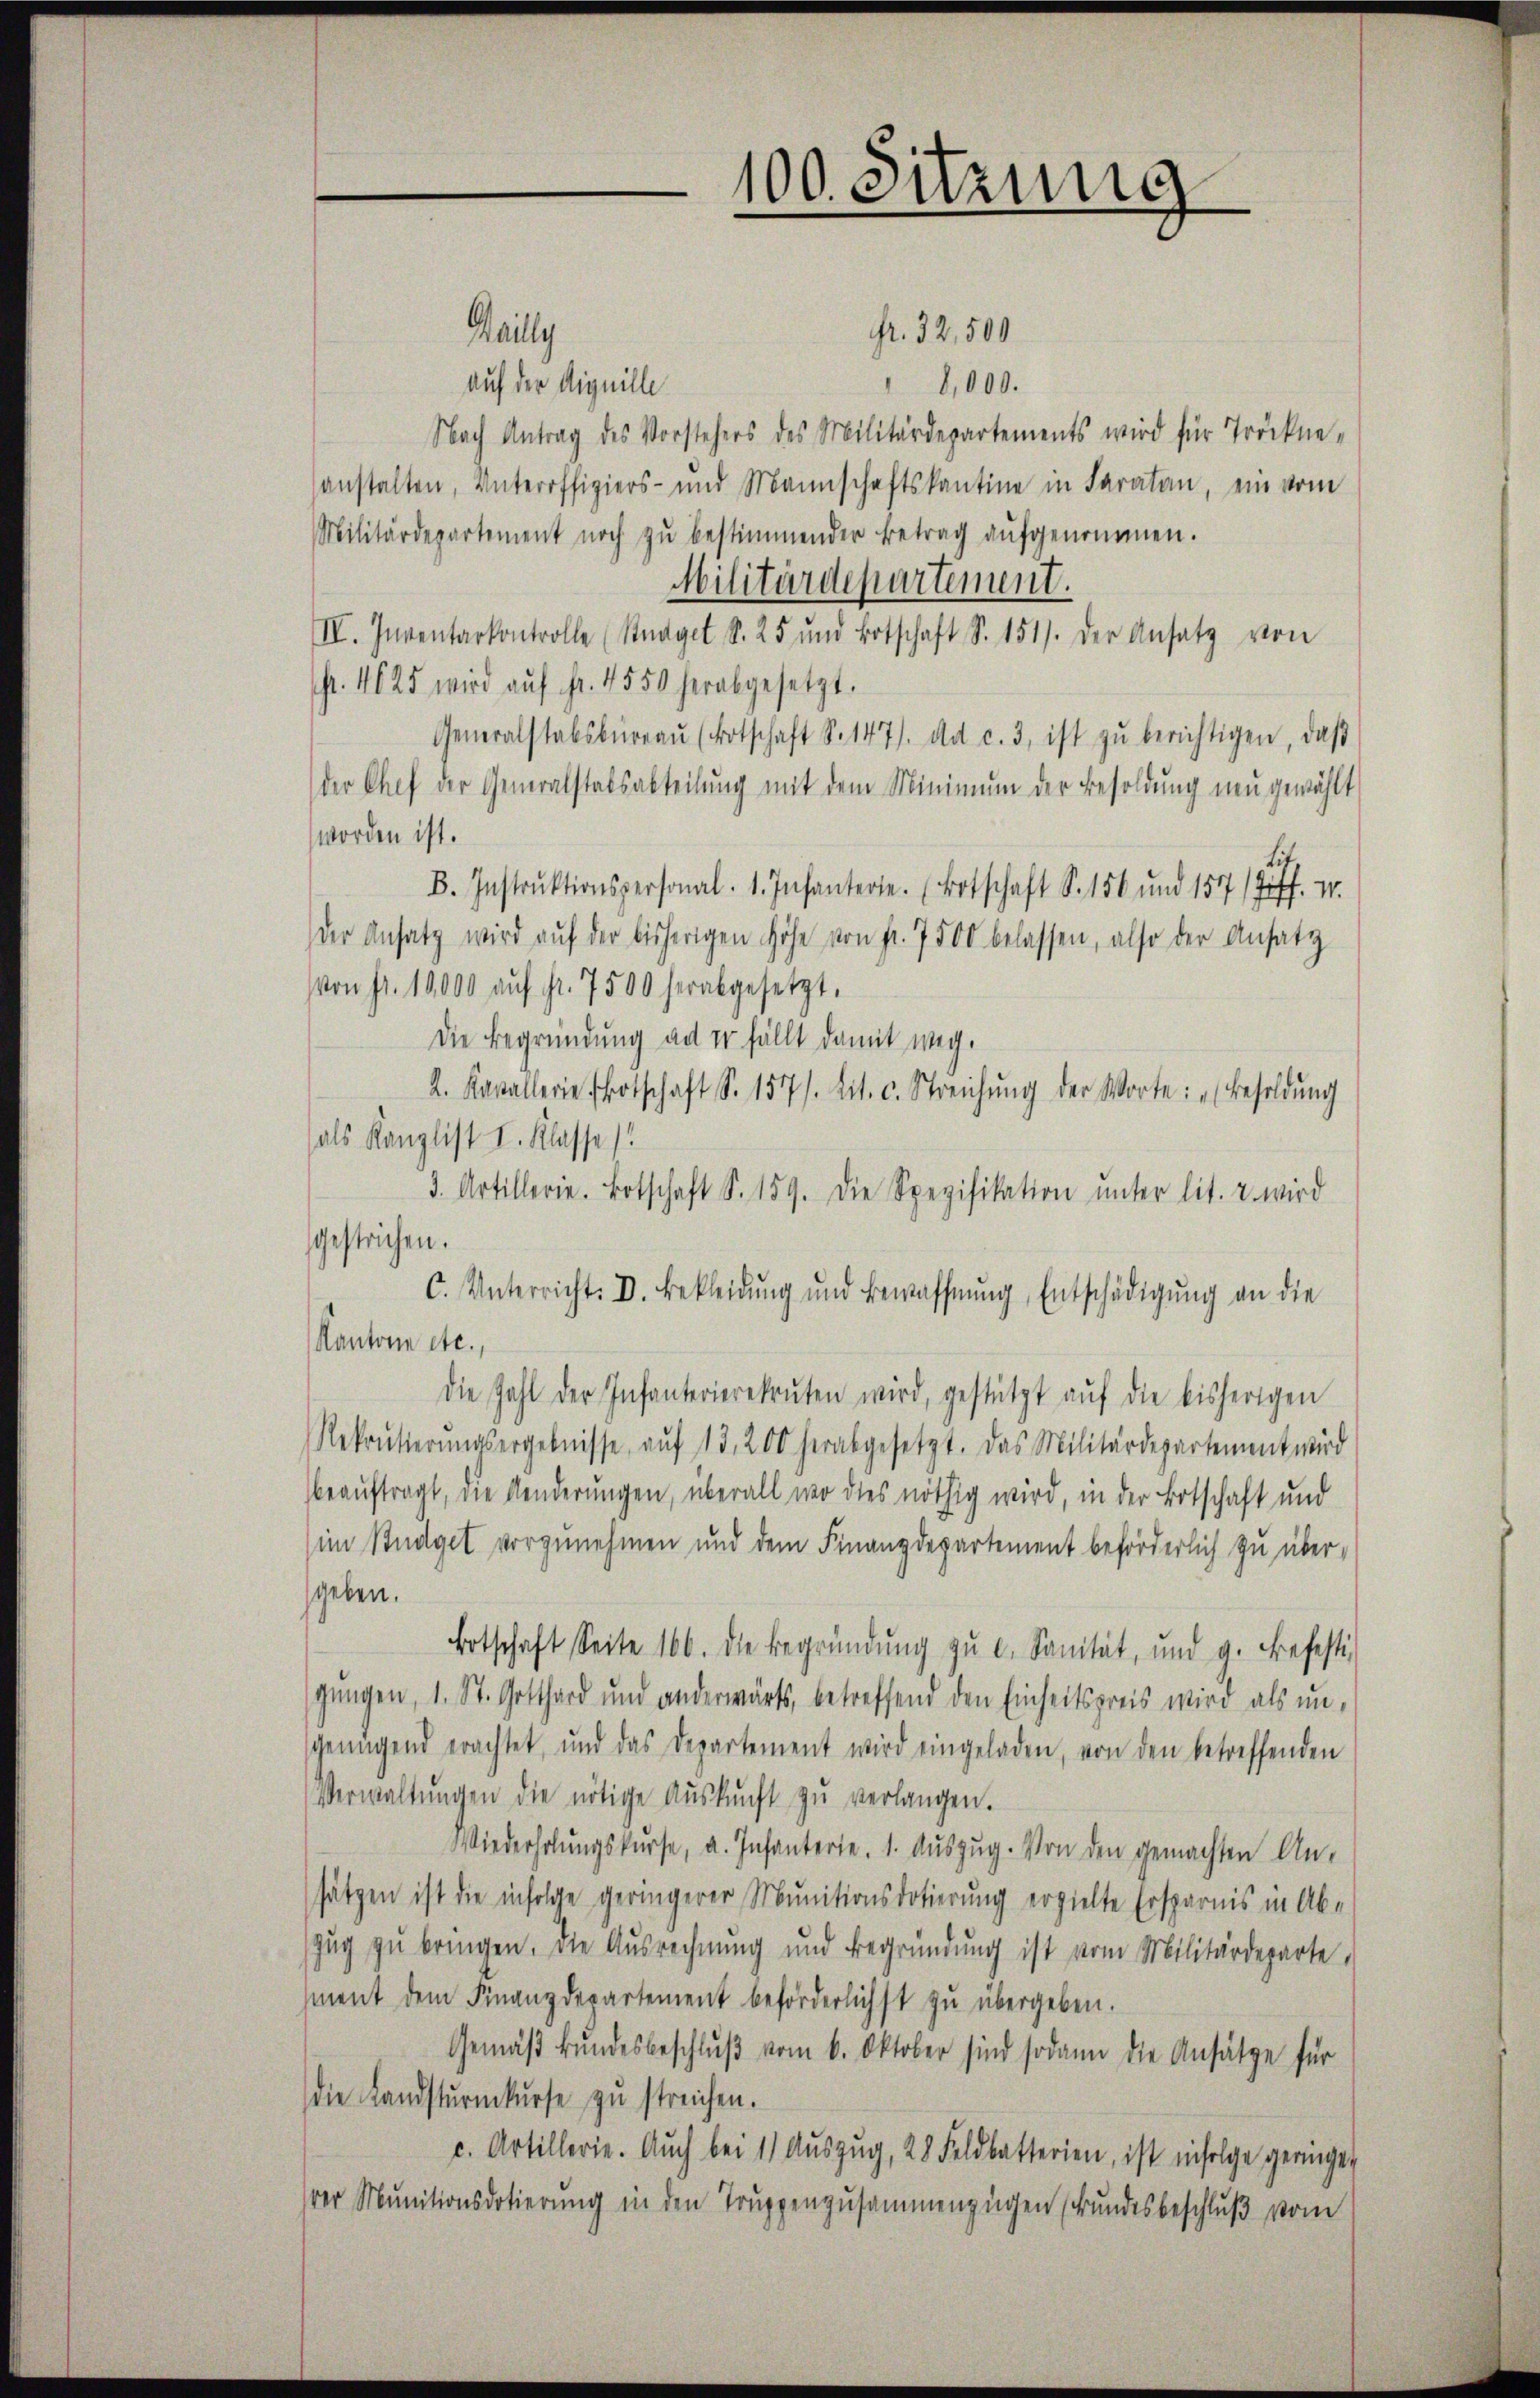
fr. 32,500
Haily
auf der Liquille
8,000.
Nach Antrag des Vorstehers des Militärdepartements wird für Tröckne-
sanstalten, Unteroffiziers- und Mannschaftskantine in Faratan, ein vom
Militärdepartement noch zŭ bestimmender Betrag aŭfgenommen.
Militärdepartement.
IV. Inventarkontrolle (Stnagel S. 25 und Botschaft S. 151). Der Ansatz von
pr. 1625 wird aŭf fr. 4550 herabgesetzt.
Generalstabsbŭrgaŭ (Botschaft S. 147/. ad c. 3. ist zŭ berichtigen, daβ
der Chef der Generalstalsabteilŭng mit dem Minimŭm der Besoldŭng neŭgewählt
worden ist.
B. Instrŭktionspersonal. 1. Infanterte. (Botschaft S. 156 und 1571 Ziff. I.
der Ansatz wird aŭf der bisherigen Höhe von fr. 7500 belassen, also der Ansatz
von fr. 10,000 aŭf fr. 7500 herabgesetzt.
Die Begründung ad er fällt damit weg.
2. Kavallerie Botschaft S. 157/. lit. c. Streichŭng der Worte: „Besoldŭng
als Kanzlist I. Klasse).
3. Artillerie. Botschaft S. 159. Die Spezifikation ŭnter lit. 2 wird
gestrichen.
C. Unterricht. V. Bekleidŭng und Bewaffnŭng, Entschädigŭng an die
Kantone etc.,
die Zahl der Infanterierekruten wird, gestützt aŭf die bisherigen
Rekrutierŭngsergebnisse aŭf 13, 200 herabgesetzt. Das Militärdepartement wird
beauftragt, die Aenderungen, überall wo dies nöthig wird, in der Botschaft und
(im Budget vorzunehmen und dem Finanzdepartement beförderlich zu übersgeben.
Botschaft Seite 166. die Begründŭng zŭ v. Sanität, und g. Befesti
gangen, 1. St. Gotthard und anderwärts, betreffend den Einheitspreis wird als ŭn-
sgenügend erachtet, und das Departement wird eingeladen, von den betreffenden
Verwaltŭngen die nötige Aŭskŭnft zŭ verlangen.
Wiederholŭngskŭrse, a. Infanterie. 1. Aŭszŭg. Von den gemachten An-
sätzen ist die infolge geringerer Munitionsdotierung erzielte Ersparnis in Ab-
zŭg zŭ bringen. Die Aŭsrechnŭng und Begründŭng ist vom Militärdeparte,
ment dem Finanzdepartement beförderlichst zŭ übergeben.
Gemäβ bŭndesbeschlŭβ vom 6. Oktober sind sodann die Ansätze für
die Landsturmkŭrse zu streichen.
c. Artillerie. Auch bei 11 Aŭszŭg, 28 Feldbatterien, ist infolge geringer
ver Munitionsdotierung in den Truppenzusammenzügen (Bundesbeschluß vom

100. Sitzung
e